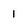
Character: 1